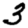
Digit: 3